Civil Veterinary Department. United Provinces 1912-22 - 1912-1922
Year: 1912
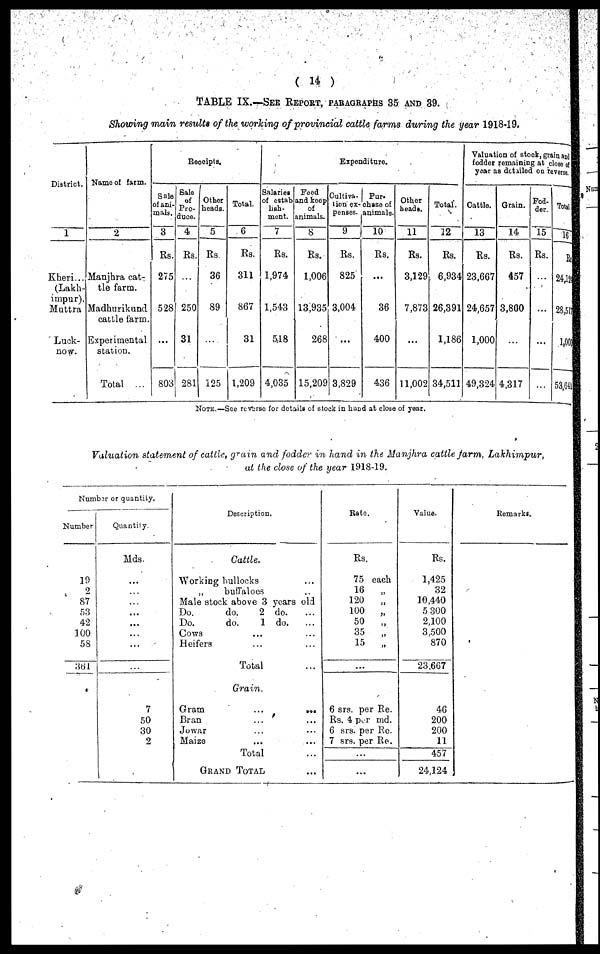
(14)
TABLE IX.—SEE REPORT, PARAGRAPHS 35 AND 39.
Showing main results of the working of provincial cattle farms during the year 1918-19.
District.
1
Kheri...
(Lakh-
impur).
Muttra
Luck-
now.
Name of farm.
2
Manjhra cat-
tle farm.
Madburikund
cattle farm.
Experimental
station.
Total ...
Receipts.
Sale
of ani-
mals.
3
Rs.
275
528
...
803
Sale
of
Pro-
duce.
4
Rs.
...
250
31
281
Other
heads.
5
Rs
36
89
...
125
Total.
6
Rs.
311
867
31
1,209
Expenditure.
Salaries
of estab
lish-
ment.
7
Rs.
1,974
1,543
5.8
4,035
Food
and keep
of
animals.
8
Rs.
1,006
13,935
268
15,209
Cultiva-
tion ex-
penses.
9
Rs.
825
3,004
...
3,829
Pur.
chase of
animals.
10
Rs.
...
36
400
436
Other
heads.
11
Rs.
3,129
7,873
...
11,002
Total.
12
Rs.
6,934
26,391
1,186
34,511
Valuation of stook, grain and
fodder remaining at close of
year as detailed on reverse.
Cattle.
13
Rs.
23,667
24,657
1,000
49,324
Grain.
14
Rs.
457
3,800
...
4,317
Fod-
der.
15
Rs.
...
...
...
Total
16
Rs.
24,12
28,517
1,000
53,641
NOTE.—See reverse for details of stock in hand at close of year.
Valuation statement of cattle, grain and fodder in hand in the Manjhra cattle farm, Lakhimpur,
at the close of the year 1918-19.
Number or quantity.
Number
19
2
87
53
42
100
58
361
Quantily.
Mds.
...
...
...
...
...
...
...
...
7
50
30
2
Description
Cattle.
Working bullocks...
„
buffaloes...
Male stock above 3years old
Do.
do.
2do.
...
Do.
do.
1do.
...
Cows ...
Heifers ...
Total
Grain.
Gram...
Bran...
Jowar...
Maize...
Total...
GRAND
TOTAL
...
Rate.
Rs.
75 each
16
„
120
„
100
„
50 „
35
„
15
„
...
6 srs. per Re.
Rs. 4 per md.
6 srs. per Re.
7 srs. per Re.
...
...
Value.
Rs.
1,425
32
10,440
5 300
2,100
3,500
870
23.667
46
200
200
11
457
24,124
Remarks.